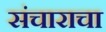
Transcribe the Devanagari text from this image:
संचाराचा